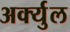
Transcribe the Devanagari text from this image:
अर्क्युल